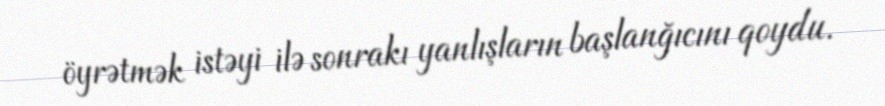
öyrətmək istəyi ilə sonrakı yanlışların başlanğıcını qoydu.